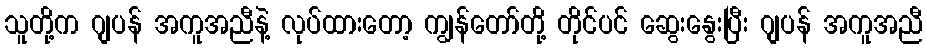
သူတို့က ဂျပန် အကူအညီနဲ့ လုပ်ထားတော့ ကျွန်တော်တို့ တိုင်ပင် ဆွေးနွေးပြီး ဂျပန် အကူအညီ